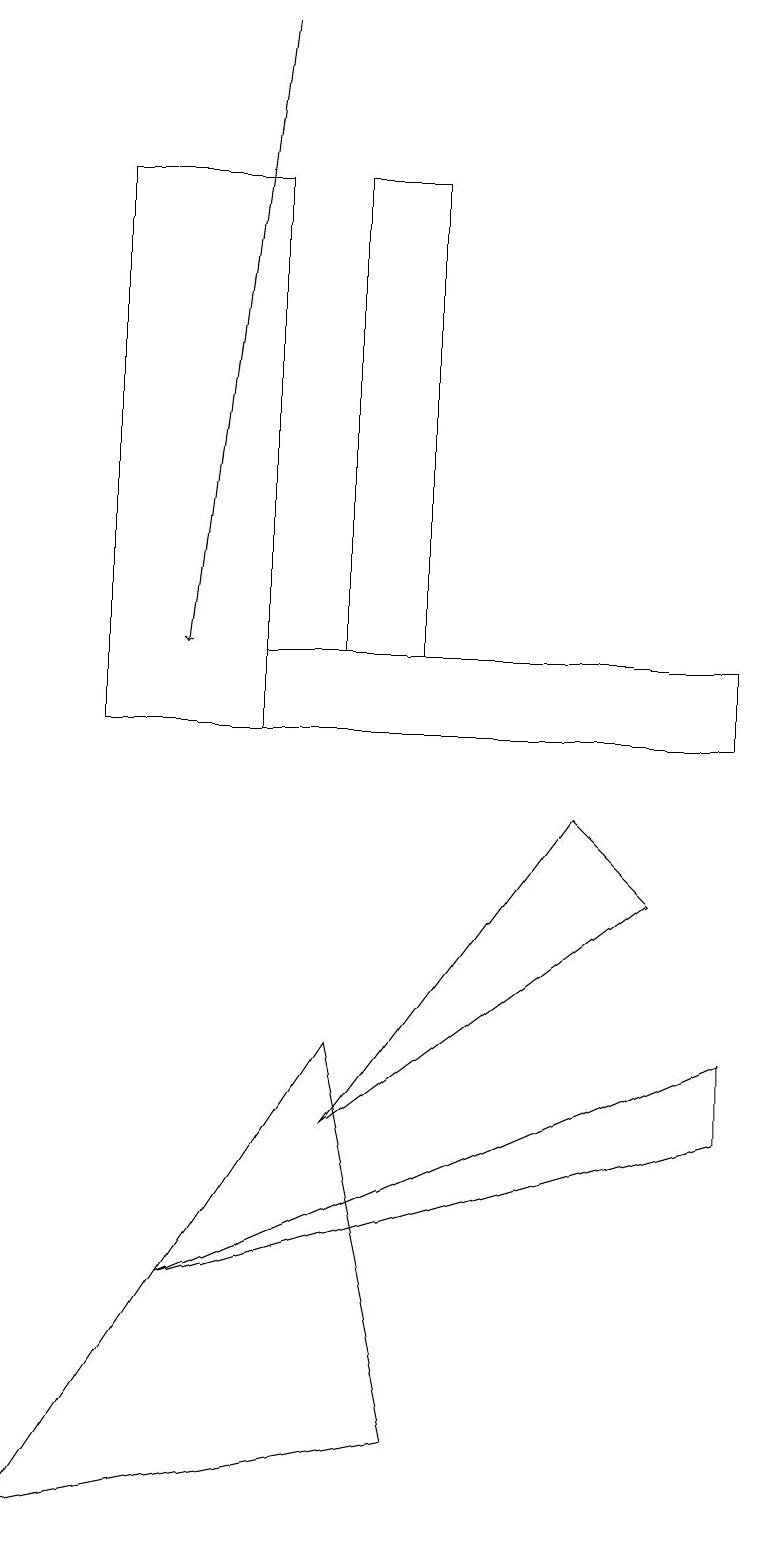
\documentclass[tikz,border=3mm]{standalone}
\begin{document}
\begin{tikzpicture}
\draw[->] (3,19) -- (2,11);
\draw (4,17) rectangle (5,11);
\draw (8,8) -- (4,5) -- (7,9) -- cycle;
\draw (9,5) -- (2,3) -- (9,6) -- cycle;
\draw (1,17) rectangle (3,10);
\draw (4,6) -- (0,0) -- (5,1) -- cycle;
\draw (3,10) rectangle (9,11);
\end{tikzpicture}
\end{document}